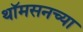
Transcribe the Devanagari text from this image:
थॉमसनच्या